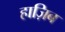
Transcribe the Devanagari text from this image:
हाज़िब